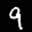
Label: 9